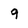
Character: 9